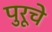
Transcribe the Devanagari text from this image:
पुरूचे